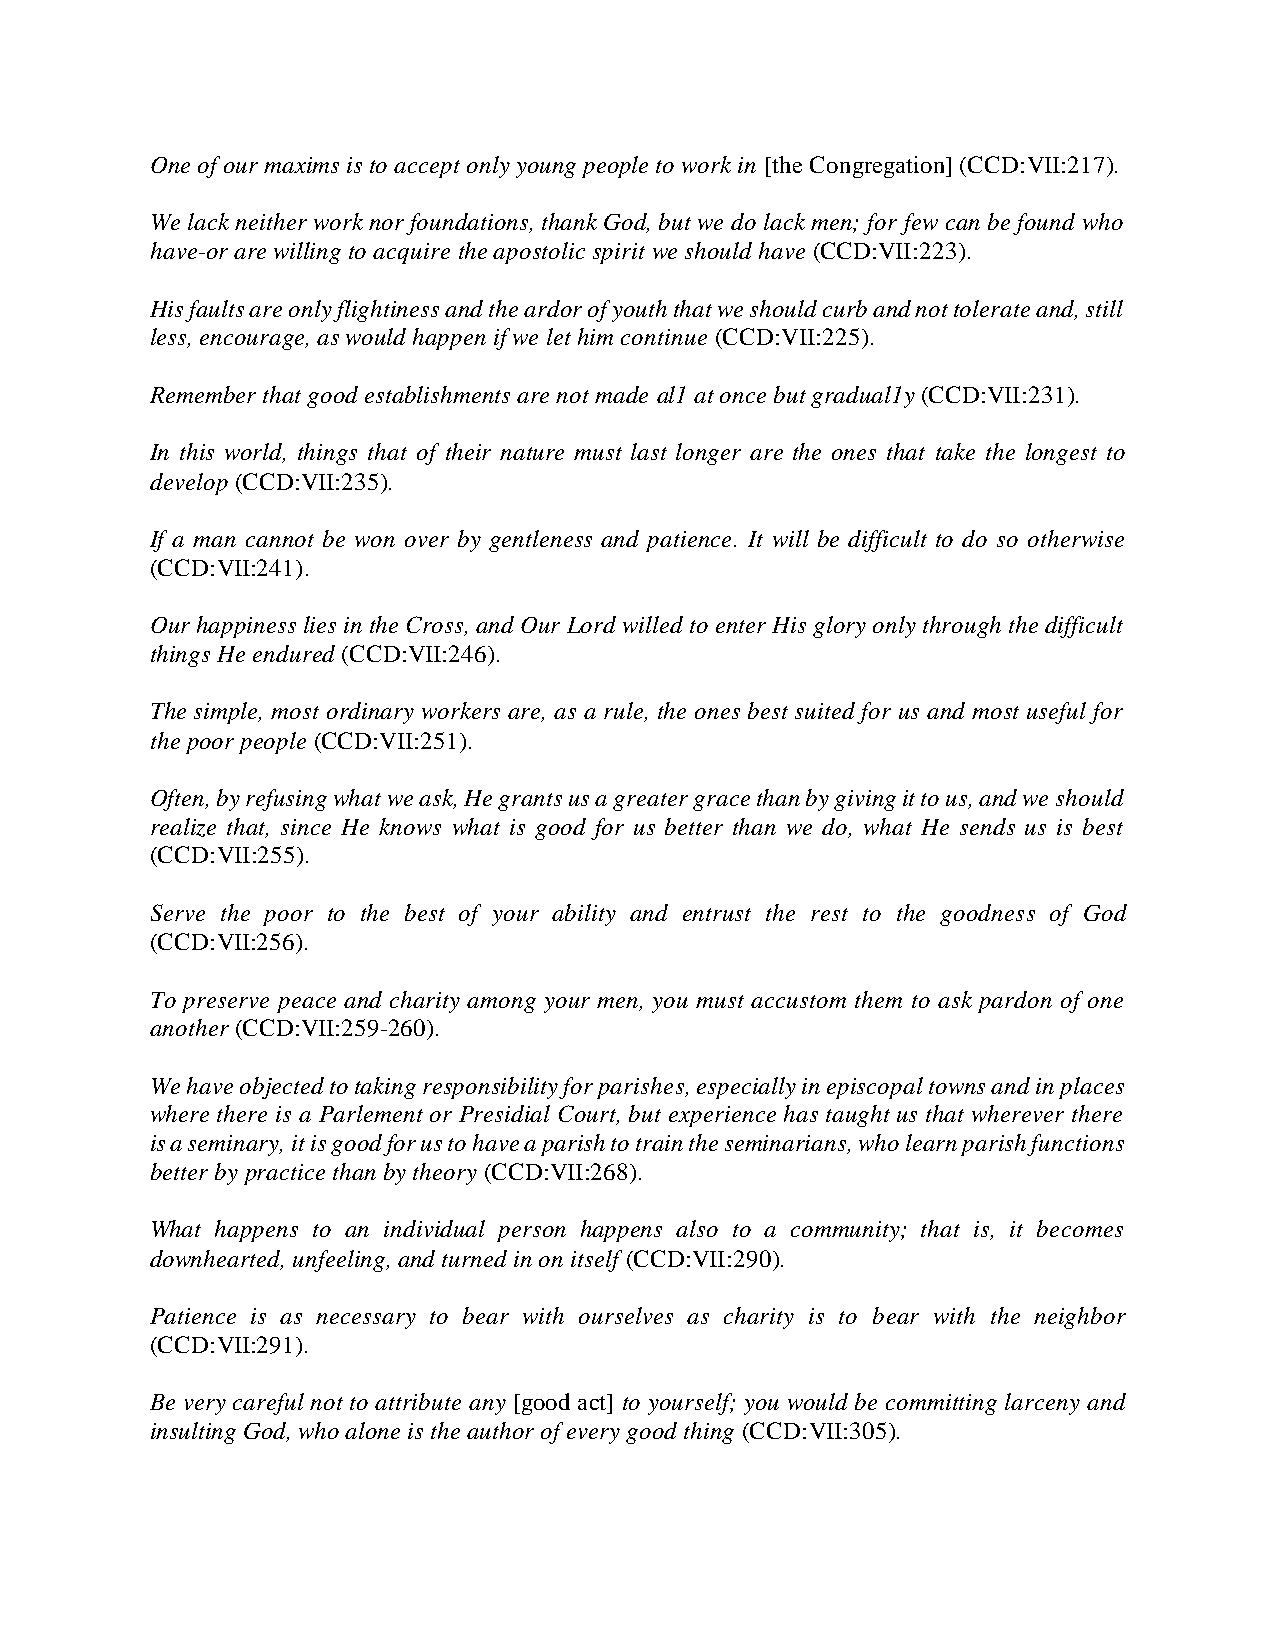
One of our maxims is to accept only young people to work in [the Congregation] (CCD:VII:217).
 We lack neither work nor foundations, thank God, but we do lack men; for few can be found who
 have-or are willing to acquire the apostolic spirit we should have (CCD:VII:223).
 His faults are only flightiness and the ardor of youth that we should curb and not tolerate and, still
 less, encourage, as would happen if we let him continue (CCD:VII:225).
 Remember that good establishments are not made al1 at once but gradual1y (CCD:VII:231).
 In this world, things that of their nature must last longer are the ones that take the longest to
 develop (CCD:VII:235).
 If a man cannot be won over by gentleness and patience. It will be difficult to do so otherwise
 (CCD:VII:241).
 Our happiness lies in the Cross, and Our Lord willed to enter His glory only through the difficult
 things He endured (CCD:VII:246).
 The simple, most ordinary workers are, as a rule, the ones best suited for us and most useful for
 the poor people (CCD:VII:251).
 Often, by refusing what we ask, He grants us a greater grace than by giving it to us, and we should
 realize that, since He knows what is good for us better than we do, what He sends us is best
 (CCD:VII:255).
 Serve the poor to the best of your ability and entrust the rest to the goodness of God
 (CCD:VII:256).
 To preserve peace and charity among your men, you must accustom them to ask pardon of one
 another (CCD:VII:259-260).
 We have objected to taking responsibility for parishes, especially in episcopal towns and in places
 where there is a Parlement or Presidial Court, but experience has taught us that wherever there
 is a seminary, it is good for us to have a parish to train the seminarians, who learn parish functions
 better by practice than by theory (CCD:VII:268).
 What happens to an individual person happens also to a community; that is, it becomes
 downhearted, unfeeling, and turned in on itself (CCD:VII:290).
 Patience is as necessary to bear with ourselves as charity is to bear with the neighbor
 (CCD:VII:291).
 Be very careful not to attribute any [good act] to yourself; you would be committing larceny and
 insulting God, who alone is the author of every good thing (CCD:VII:305).